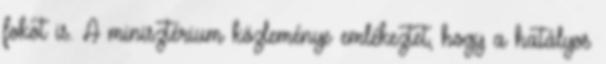
fokot is. A minisztérium közleménye emlékeztet, hogy a hatályos